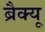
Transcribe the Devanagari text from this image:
ब्रैक्यू